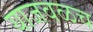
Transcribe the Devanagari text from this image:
याजवळच